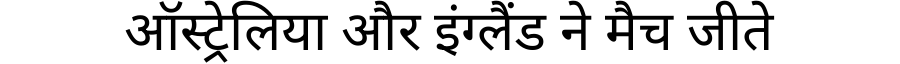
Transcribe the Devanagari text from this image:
ऑस्ट्रेलिया और इंग्लैंड ने मैच जीते